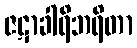
ဇဋာခါရိဘရိတာ